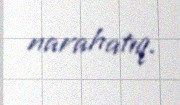
narahatıq.